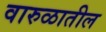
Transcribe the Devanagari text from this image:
वारुळातील